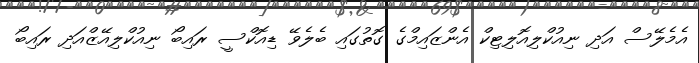
އެމެލޭސް އަދި ނިއުކްލިއޮލިޓިކް އެންޒައިމްގެ ގޮތުގައި ބެލެވޭ ޑިއޮކްސީ ރައިބޯ ނިއުކްލިއޭޒްއަދި ރައިބޯ